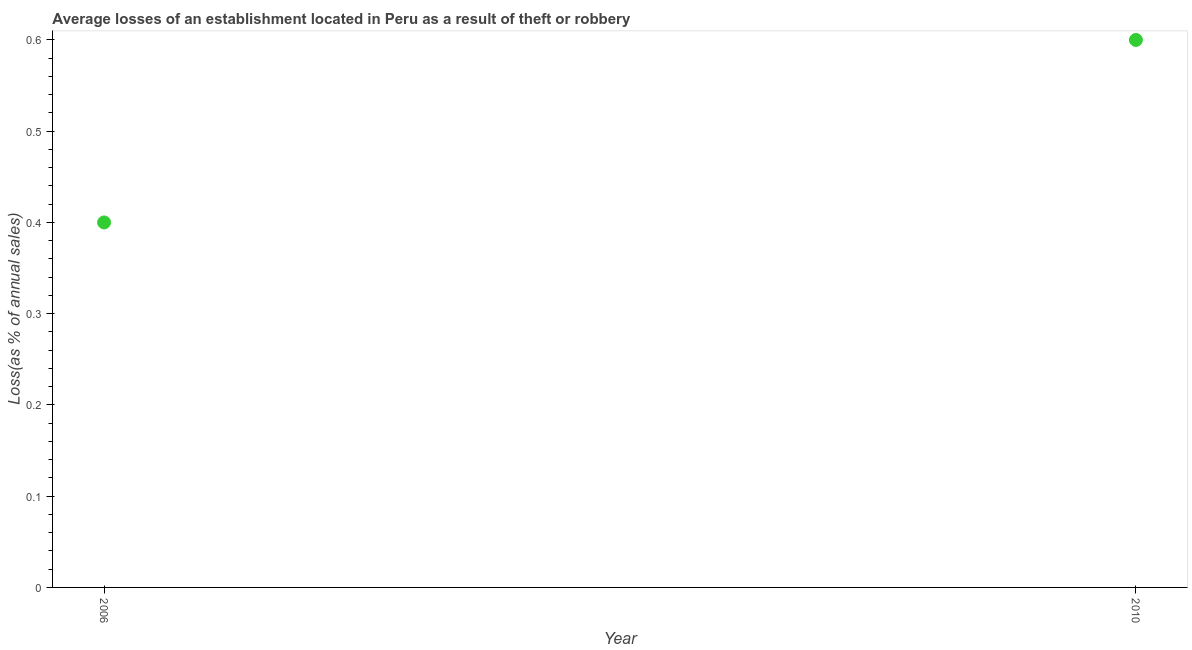
| Year | Losses due to theft |
 | --- | --- |
 | 2006 | 0.4 |
 | 2010 | 0.6 |